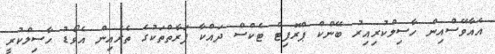
އެއާވޭސްއިން ހާސިލްކުރިއިރު ބޭންކް ޕްރޮފިޓް ޓެކްސް ދައްކާ ފަރާތްތަކުގެ ތެރެއިން އެވޯޑު ހާސިލްކުރީ